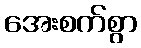
အေးစက်စွာ